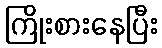
ကြိုးစားနေပြီး